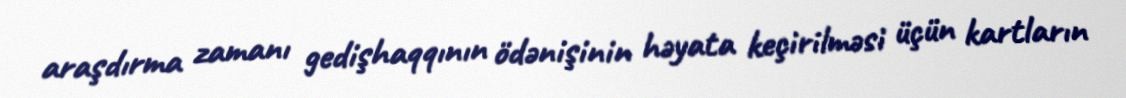
araşdırma zamanı gedişhaqqının ödənişinin həyata keçirilməsi üçün kartların